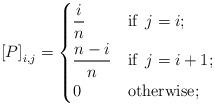
LaTeX: \begin{align*}\left[ P \right]_{i,j}^{} = \begin{dcases} \frac{i}{n} & \mbox{if }\, j = i; \\ \frac{n-i}{n} & \mbox{if }\, j = i + 1;\\0 & \mbox{otherwise};\end{dcases}\end{align*}